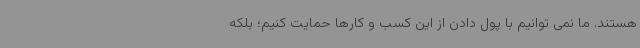
هستند. ما نمی توانیم با پول دادن از این کسب و کارها حمایت کنیم؛ بلکه